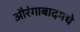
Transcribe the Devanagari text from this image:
औरंगाबादमधे